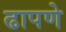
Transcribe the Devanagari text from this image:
ढापणे